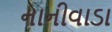
નાનીવાડા